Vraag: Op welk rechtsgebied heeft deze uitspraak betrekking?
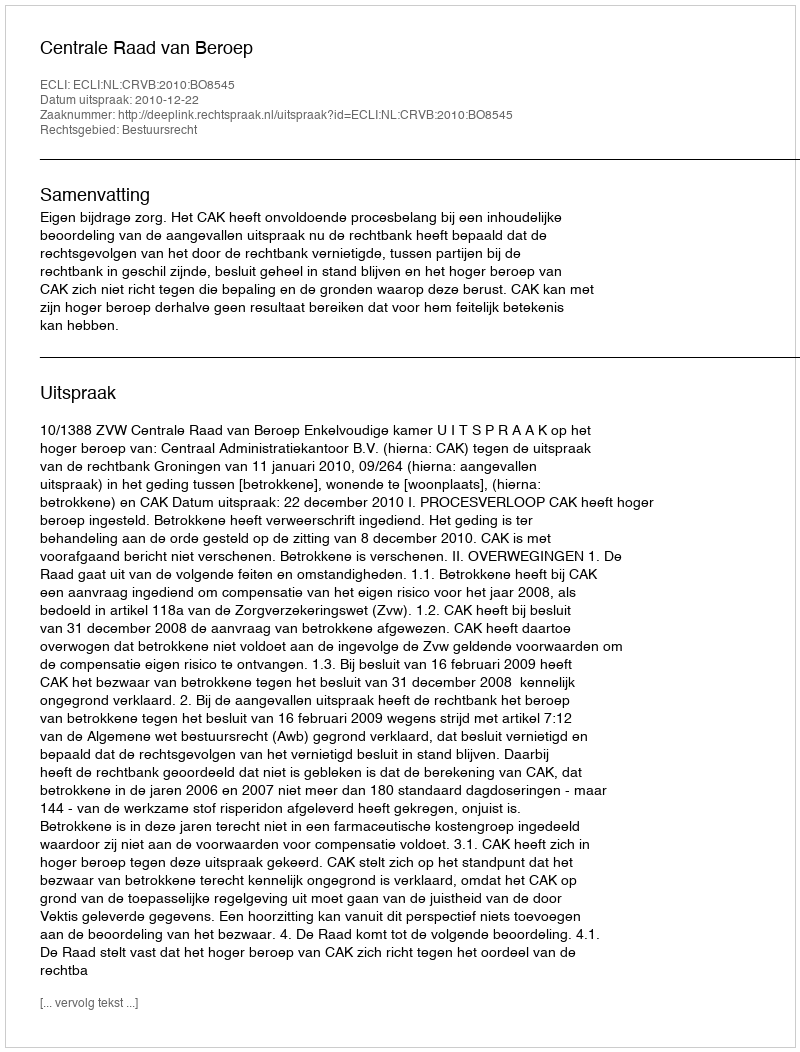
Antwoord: Bestuursrecht